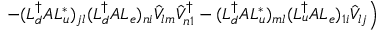
\left. ~ ~ ~ ~ ~ ~ ~ - ( L _ { d } ^ { \dag } { \cal A } L _ { u } ^ { * } ) _ { j l } ( L _ { d } ^ { \dag } { \cal A } L _ { e } ) _ { n i } \hat { V } _ { l m } \hat { V } _ { n 1 } ^ { \dag } - ( L _ { d } ^ { \dag } { \cal A } L _ { u } ^ { * } ) _ { m l } ( L _ { u } ^ { \dag } { \cal A } L _ { e } ) _ { 1 i } \hat { V } _ { l j } \right)